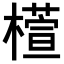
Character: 𣜯